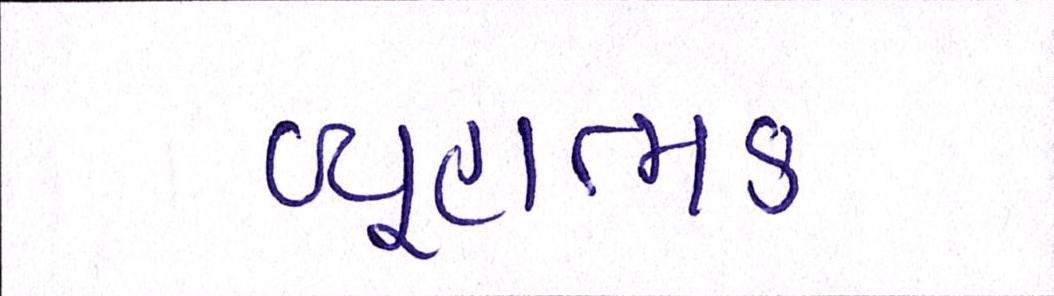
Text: વ્યૂહાત્મક